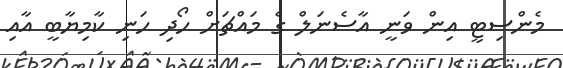
މެންސިޓީ އިން ވަނީ އާސެނަލް ގެ މައްޗަށް ހޯދި ހަނި ކާމިޔާބީ އާއި